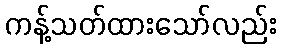
ကန့်သတ်ထားသော်လည်း